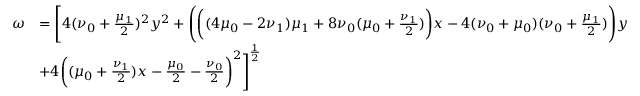
\begin{array} { r l } { \omega } & { = \Bigg [ 4 ( \nu _ { 0 } + \frac { \mu _ { 1 } } { 2 } ) ^ { 2 } y ^ { 2 } + \Bigg ( \bigg ( ( 4 \mu _ { 0 } - 2 \nu _ { 1 } ) \mu _ { 1 } + 8 \nu _ { 0 } ( \mu _ { 0 } + \frac { \nu _ { 1 } } { 2 } ) \bigg ) x - 4 ( \nu _ { 0 } + \mu _ { 0 } ) ( \nu _ { 0 } + \frac { \mu _ { 1 } } { 2 } ) \Bigg ) y } \\ & { + 4 \bigg ( ( \mu _ { 0 } + \frac { \nu _ { 1 } } { 2 } ) x - \frac { \mu _ { 0 } } { 2 } - \frac { \nu _ { 0 } } { 2 } \bigg ) ^ { 2 } \Bigg ] ^ { \frac { 1 } { 2 } } } \end{array}